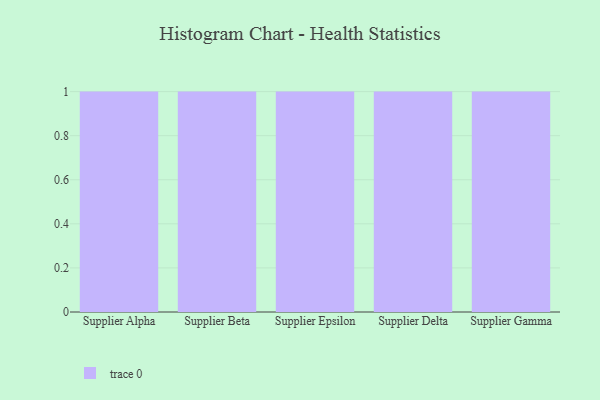
{"axis": {"x": "Supplier", "y": "Operating Costs (USD K)"}, "legend": [""], "data": [{"x": "Supplier Alpha", "y": 54, "type": ""}, {"x": "Supplier Beta", "y": 23, "type": ""}, {"x": "Supplier Epsilon", "y": 32, "type": ""}, {"x": "Supplier Delta", "y": 23, "type": ""}, {"x": "Supplier Gamma", "y": 50, "type": ""}]}